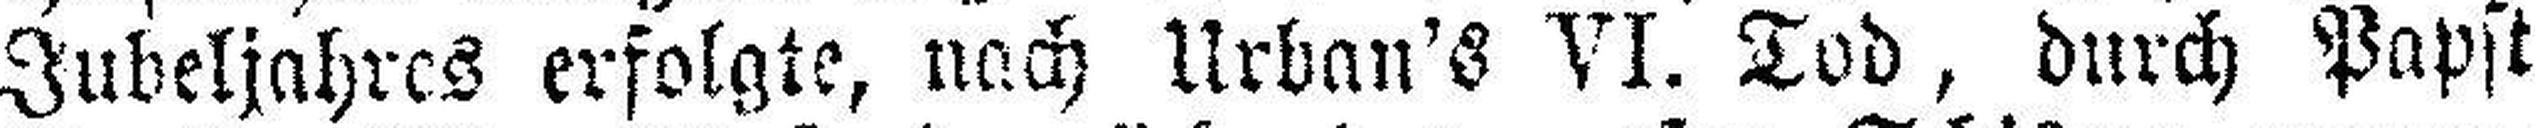
Jubeljahres erfolgte, nach Urban's VI. Tod, durch Papst